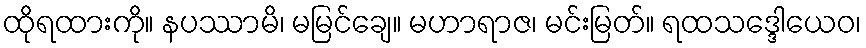
ထိုရထားကို။ နပဿာမိ၊ မမြင်ချေ။ မဟာရာဇ၊ မင်းမြတ်။ ရထသဒ္ဒေါယေဝ၊